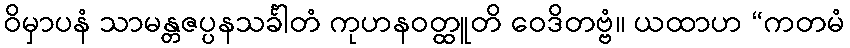
ဝိမှာပနံ သာမန္တဇပ္ပနသင်္ခါတံ ကုဟနဝတ္ထူတိ ဝေဒိတဗ္ဗံ။ ယထာဟ “ကတမံ